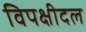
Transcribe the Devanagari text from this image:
विपक्षीदल